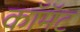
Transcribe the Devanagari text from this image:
कॉमॅट